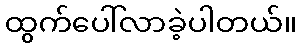
ထွက်ပေါ်လာခဲ့ပါတယ်။